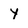
Character: y